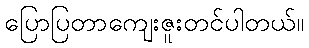
ပြောပြတာကျေးဇူးတင်ပါတယ်။